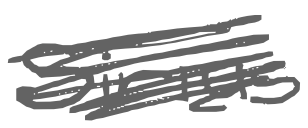
Text: Sirius
Cross-out: scratch
Writing tool: digital_gray